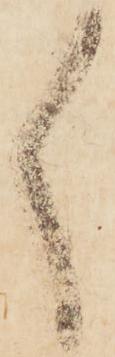
々